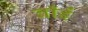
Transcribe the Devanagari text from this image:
बाँईं